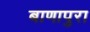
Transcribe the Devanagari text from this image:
बाणापुरा